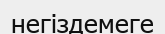
негіздемеге